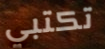
تكتبي